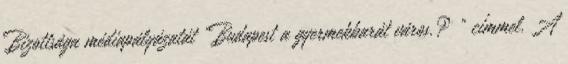
Bizottsága médiapályázatát "Budapest a gyermekbarát város.? " címmel. A